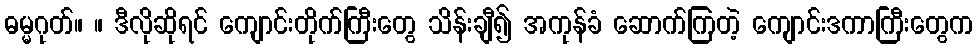
ဓမ္မဂုတ်။ ။ ဒီလိုဆိုရင် ကျောင်းတိုက်ကြီးတွေ သိန်းချီ၍ အကုန်ခံ ဆောက်ကြတဲ့ ကျောင်းဒကာကြီးတွေက